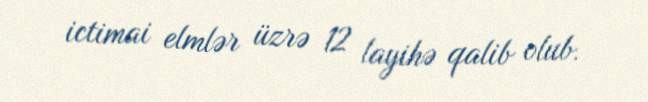
ictimai elmlər üzrə 12 layihə qalib olub.